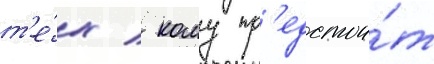
т'е́х / кому пр'едстои́т